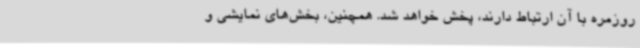
روزمره با آن ارتباط دارند، پخش خواهد شد. همچنین، بخش‌های نمایشی و